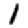
Digit: 1